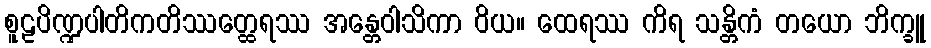
စူဠပိဏ္ဍပါတိကတိဿတ္ထေရဿ အန္တေဝါသိကာ ဝိယ။ ထေရဿ ကိရ သန္တိကံ တယော ဘိက္ခူ